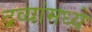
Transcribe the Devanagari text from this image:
द्रव्यांमध्ये